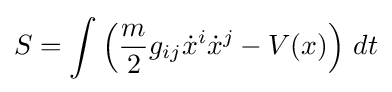
S=\int \left({\frac {m}{2}}g_{ij}{\dot {x}}^{i}{\dot {x}}^{j}-V(x)\right)\,dt